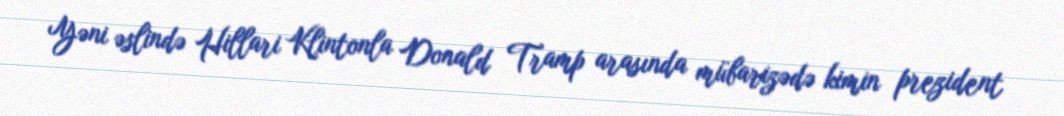
Yəni əslində Hillari Klintonla Donald Tramp arasında mübarizədə kimin prezident